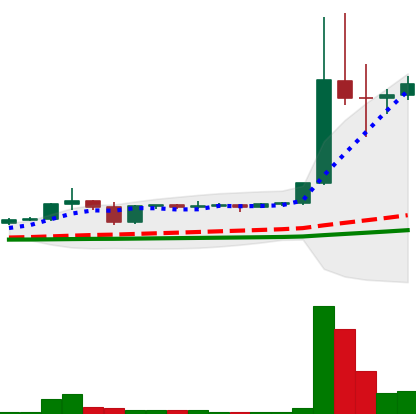
Ticker: DOGE-USD
Chart end date: 2021-01-06
Forward return: -15.576%
Label: down_7plus